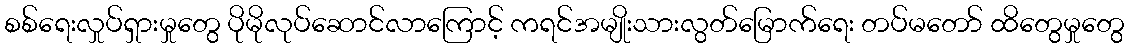
စစ်ရေးလှုပ်ရှားမှုတွေ ပိုမိုလုပ်ဆောင်လာကြောင့် ကရင်အမျိုးသားလွတ်မြောက်ရေး တပ်မတော် ထိတွေမှုတွေ